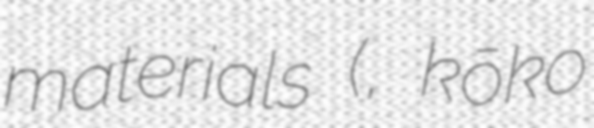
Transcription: materials (考古資料, kōko